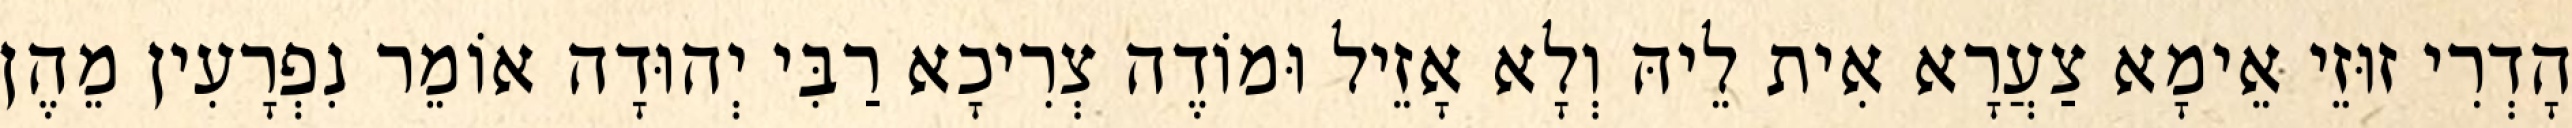
הָדְרִי זוּזֵי אֵימָא צַעֲרָא אִית לֵיהּ וְלָא אָזֵיל וּמוֹדֶה צְרִיכָא רַבִּי יְהוּדָה אוֹמֵר נִפְרָעִין מֵהֶן